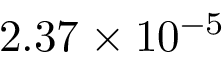
2 . 3 7 \times 1 0 ^ { - 5 }